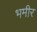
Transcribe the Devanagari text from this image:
भमीर